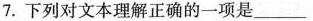
7. 下列对文本理解正确的一项是___